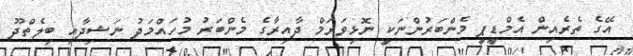
އޭގެ ތެރެއިން އެމްޑީޕީ މެންބަރުންނަކީ ނޮޅިވަރަމް ދާއިރާގެ މެންބަރު މުހައްމަދު ނަޝިދާއި ބިލެތްދޫ